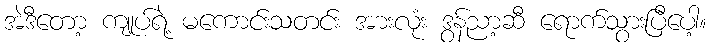
အဲဒီတော့ ကျုပ်ရဲ့ မကောင်းသတင်း အားလုံး ဒွန်ညာ့ဆီ ရောက်သွားပြီပေါ့။